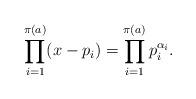
LaTeX: \begin{align*} \prod_{i = 1}^{\pi(a)} (x - p_i) = \prod_{i = 1}^{\pi(a)}p_i^{\alpha_i}. \end{align*}